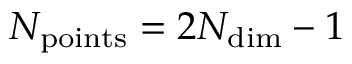
N _ { \mathrm { p o i n t s } } = 2 N _ { \mathrm { d i m } } - 1